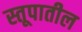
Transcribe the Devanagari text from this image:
स्तूपातील